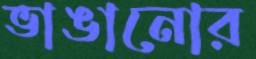
ভাঙানোর